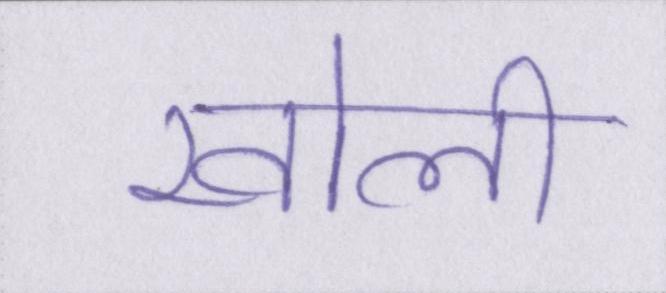
खोली